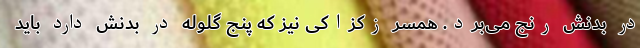
در بدنش رنج می‌برد. همسر زکزاکی نیز که پنج گلوله در بدنش دارد باید